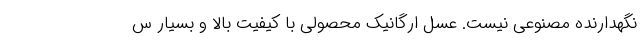
نگهدارنده مصنوعی نیست. عسل ارگانیک محصولی با کیفیت بالا و بسیار س